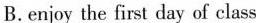
B.enjoy the first day of class